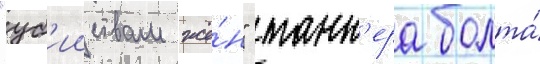
"уб'ииствам жё́н" танн'ера болта́